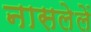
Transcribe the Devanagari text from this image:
नासलेलें